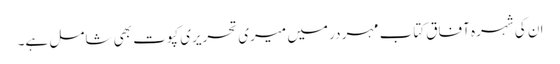
ان کی شہرہ آفاق کتاب مہر در میں میری تحریری کپوت بھی شامل ہے۔